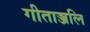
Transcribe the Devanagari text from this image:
गीताञ्जलि